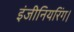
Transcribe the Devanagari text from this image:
इंजीनियरिंग।